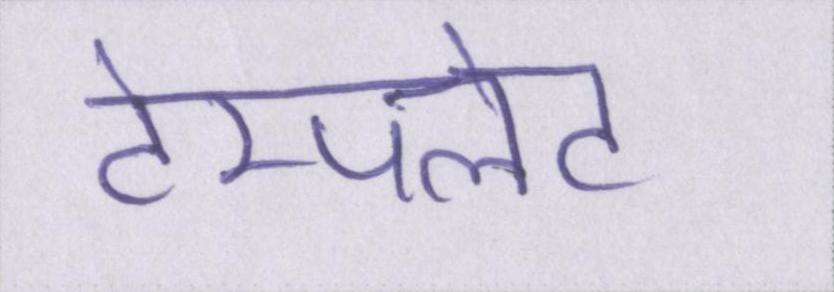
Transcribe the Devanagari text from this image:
टेम्पलेट